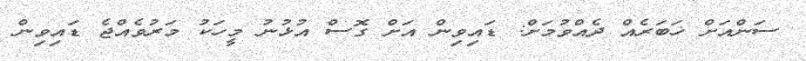
ސަންއަށް ޚަބަރެއް ދެއްވުމަށް: ޑައިވިން އަށް ގޮސް އުޅުނު މީހަކު މަރުވެއްޖެ ޑައިވިން